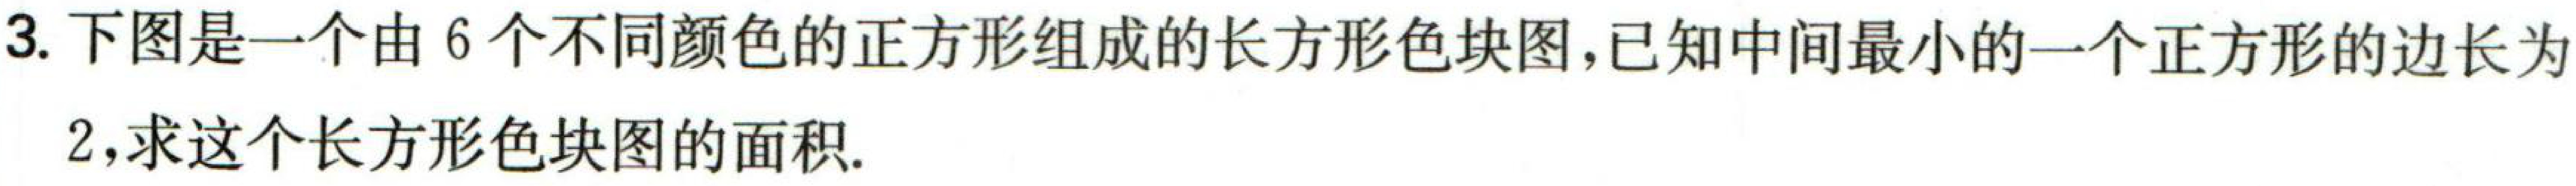
3. 下图是一个由\(6\)个不同颜色的正方形组成的长方形色块图，已知中间最小的一个正方形的边长为
\(2\)，求这个长方形色块图的面积.